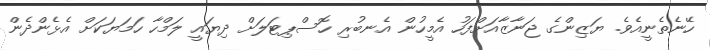
ހޭނެތެނީއެވެ. ޔަޒިންގެ ޖަނާޒާއަށްފަހު އެމީހުން އެނބުރި ހޮސްޕިޓަލަށް ދިޔައީ ލަމްހާ ހަމަޔަކަށް އެޅެންދެން